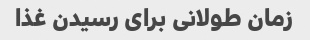
زمان طولانى براى رسیدن غذا